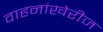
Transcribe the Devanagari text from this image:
वाहनांखेरीज